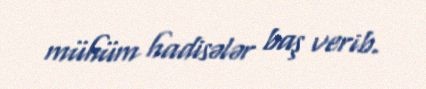
mühüm hadisələr baş verib.